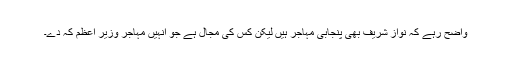
واضح رہے کہ نواز شریف بھی پنجابی مہاجر ہیں لیکن کس کی مجال ہے جو انہیں مہاجر وزیر اعظم کہ دے۔